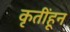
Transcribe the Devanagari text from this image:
कृतींहून